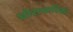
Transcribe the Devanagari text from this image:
घोराचारिक।